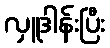
လှူဒါန်းပြီး